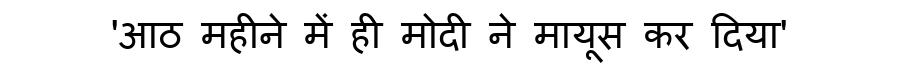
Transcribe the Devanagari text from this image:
'आठ महीने में ही मोदी ने मायूस कर दिया'